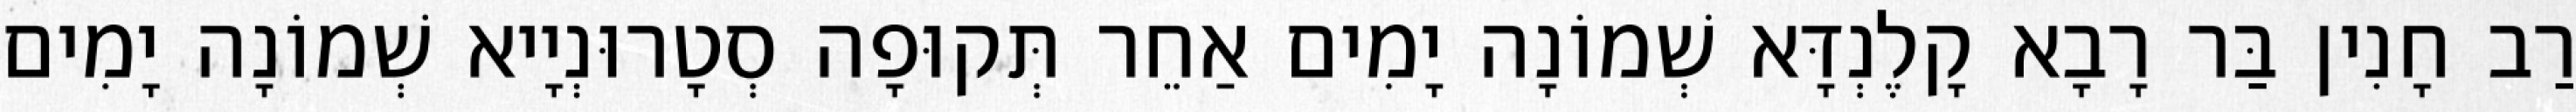
רַב חָנִין בַּר רָבָא קָלֶנְדָּא שְׁמוֹנָה יָמִים אַחֵר תְּקוּפָה סְטָרוּנְיָיא שְׁמוֹנָה יָמִים